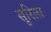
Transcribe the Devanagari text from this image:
सुरिला